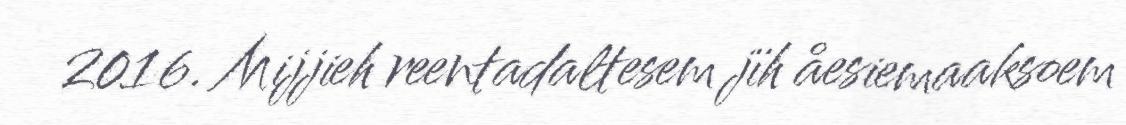
2016. Mijjieh reentadaltesem jïh åesiemaaksoem